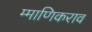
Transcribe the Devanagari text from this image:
म्माणिकराव